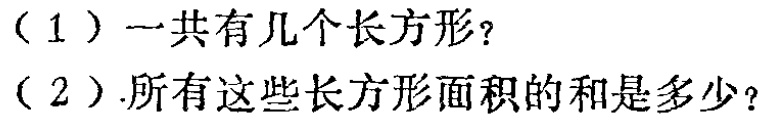
（1）一共有几个长方形？

（2）.所有这些长方形面积的和是多少？